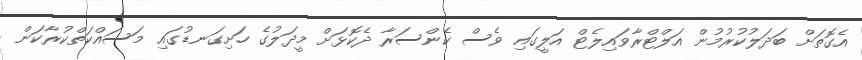
އެގޮތަށް ބަދަލުކުރުމުން އަލްޓްރާވައިލެޓް އަލީގައި ވެސް ކެންސަރާ ދެކޮޅަށް މީދަލުގެ ހަށިގަނޑުގައި މަސައްކަތްކުރާކަން